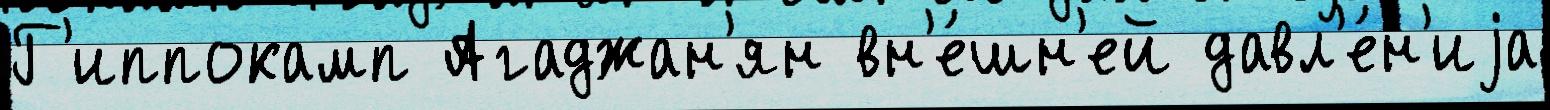
Г'иппокамп Агаджан'ян вн'е́шн'ей давл'е́н'иjа